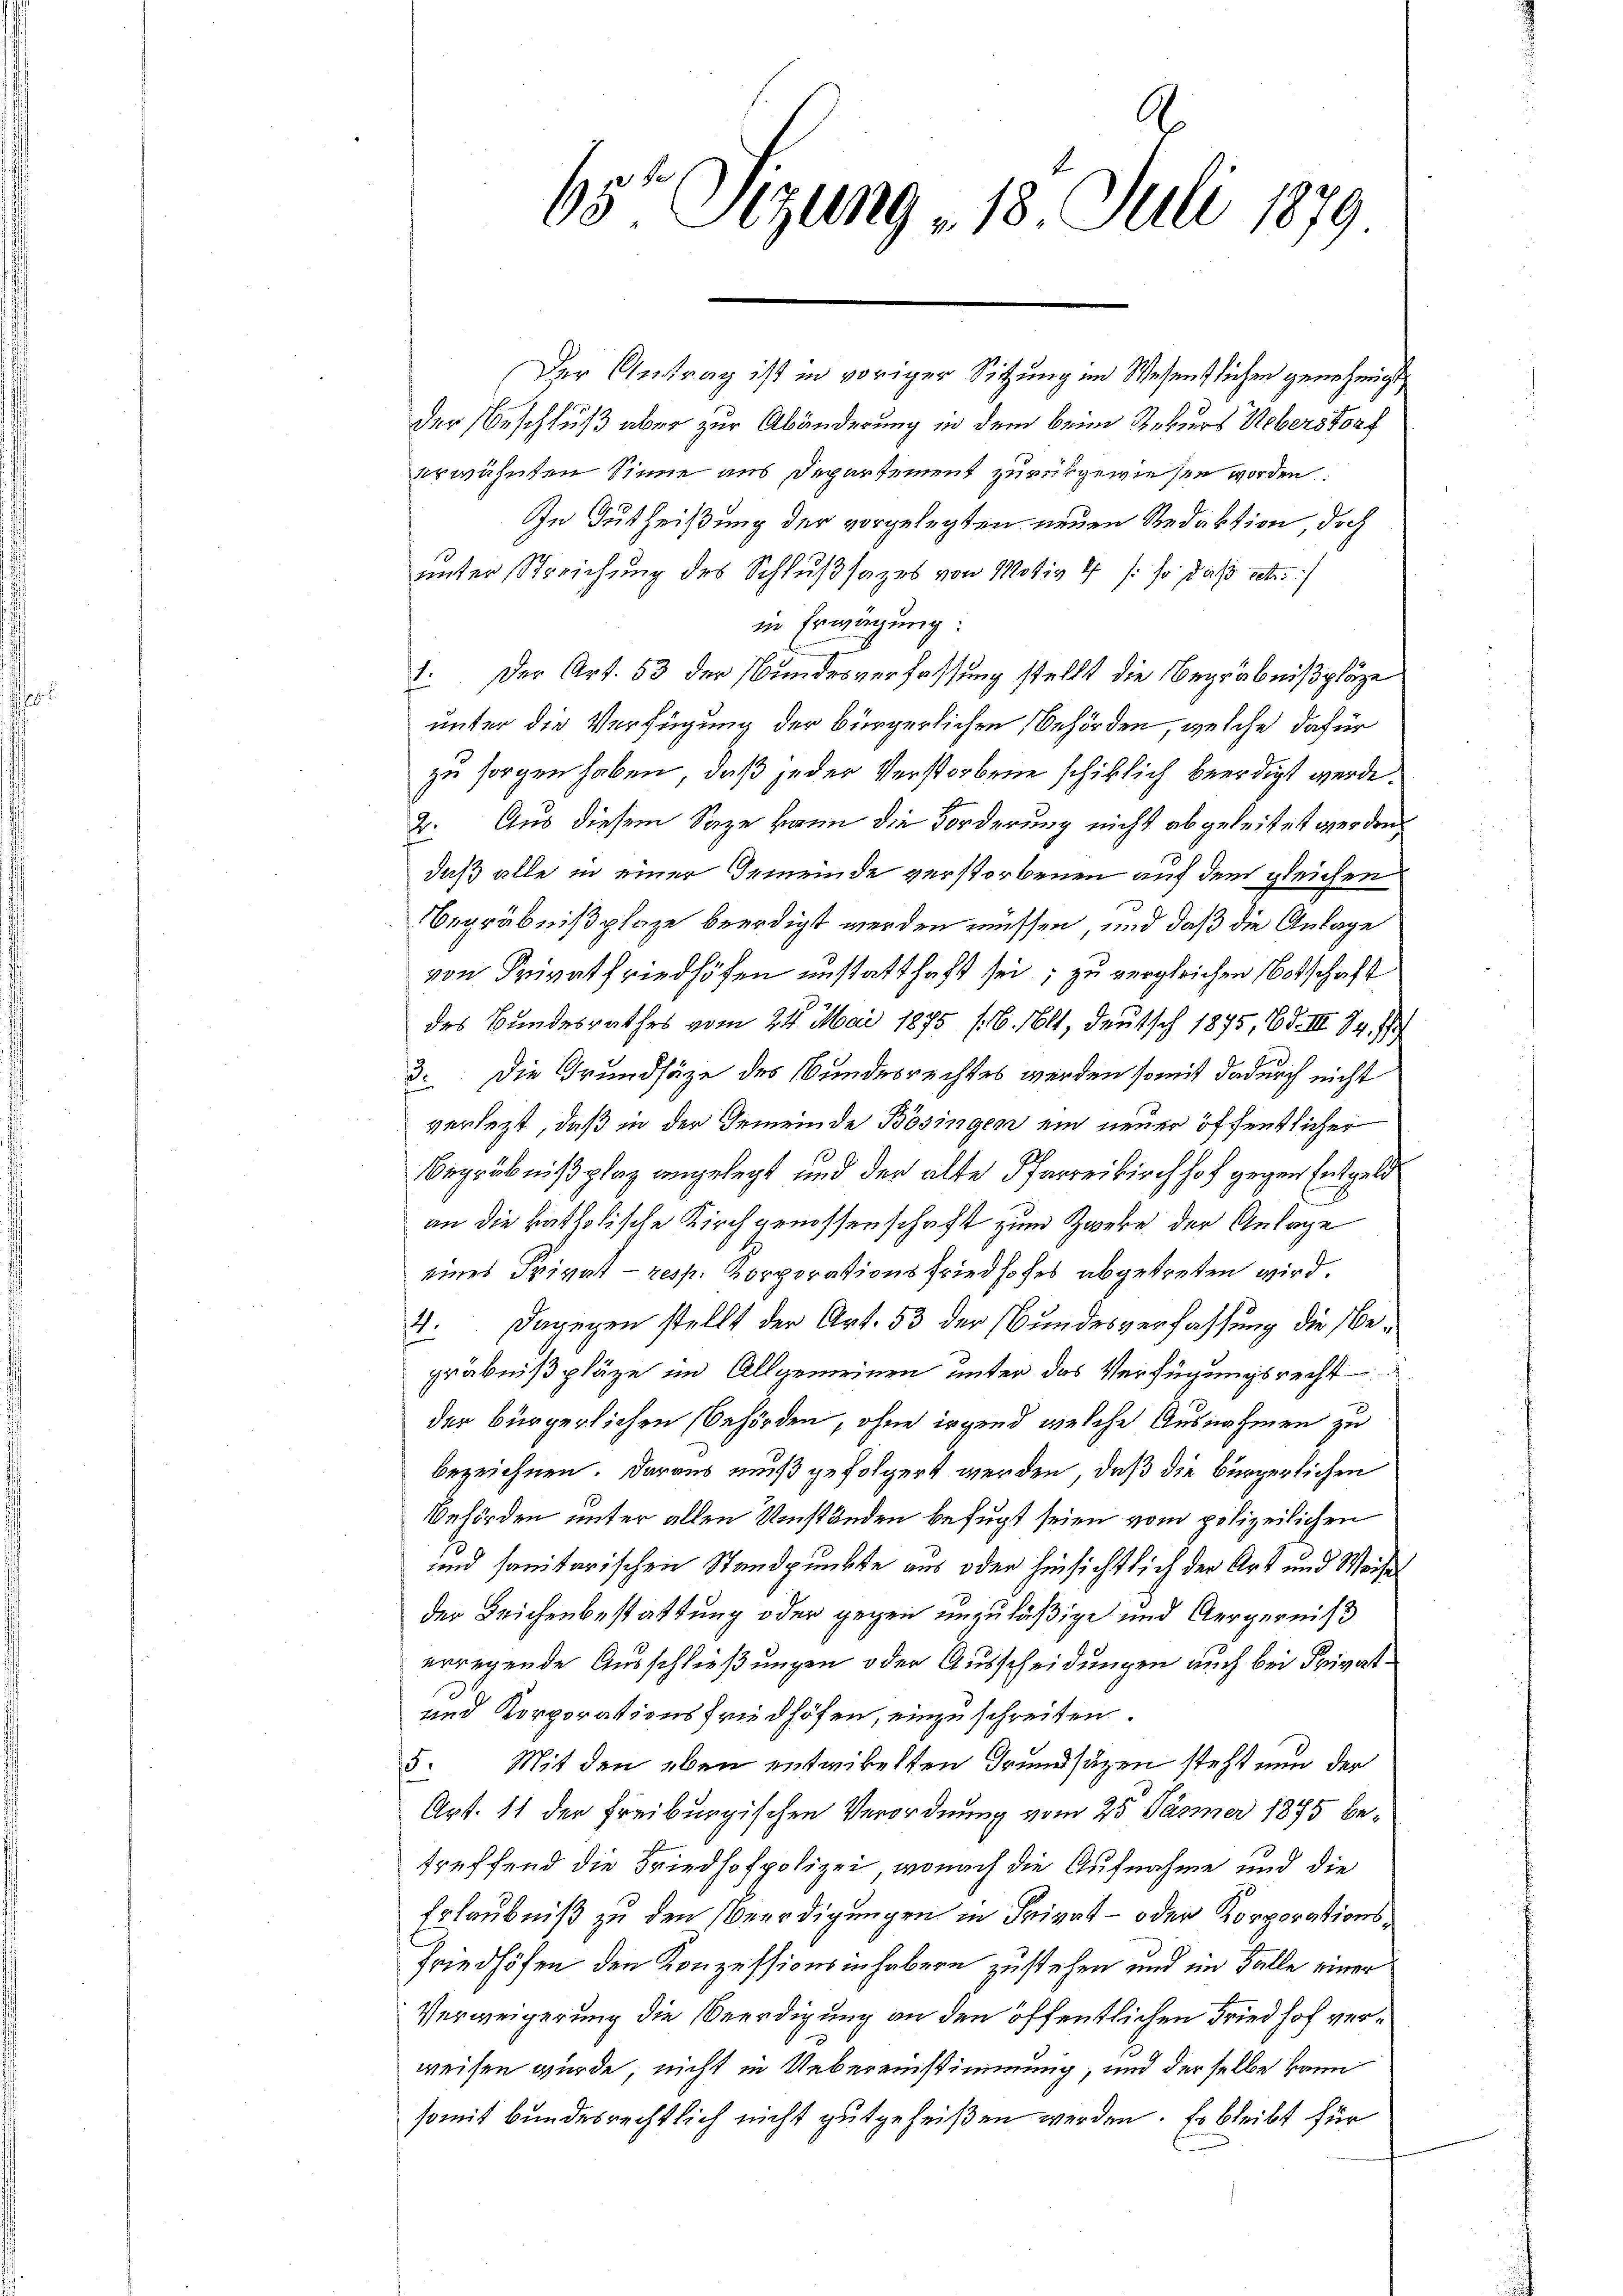
65te Sitzung - 18. Juli 1879

Der Antrag ist in voriger Sitzung im Wesentlichen genehmigt,
der Beschluß aber zur Abänderung in dem beim Rekurs Ueberstorf
erwähnten Sinne aus Departement zurückgewiesen worden:
In Gutheißung der vorgelegten neuen Redaktion, doch
unter Streichung des Schlußsazes von Motiv l /: so daß set
in Erwägung:
1. Der Art. 53 der Bundesverfassung stellt die Begräbnißpläze
unter die Verfügung der bürgerlichen Behörden, welche dafür
zu sorgen haben, daß jeder Verstorbene schiklich beerdigt werde.
2. Aus diesem Sage kann die Forderung nicht abgeleitet werden,
daß alle in einer Gemeinde verstorbenen auf den gleichen
Begräbnißplaze beerdigt werden müssen, und daß die Anlage
von Privatfriedhöfen unstatthaft sei, zu vergleichen Botschaft
des Bundesrathes vom 24. Mai 1875 (16. Mlt, deutsch 1875, Bd. III 14. 1
3. Die Grundsätze des Bundesrechtes werden somit dadurch nicht
verlegt, daß in der Gemeinde Bösingen ein neuer öffentlicher
Begräbnißplaz angelegt und der alte Pfarreikirchhof gegen Entgeld
an die katholische Kirchgenossenschaft zum Zweke der Anlage
eines Privat- resp. Korporationsfriedhofes abgetreten wird.
4. Dagegen stellt der Art. 53 der Bundesverfassung die Begräbnißpläze im Allgemeinen unter das Verfügungsrecht
der bürgerlichen Behörden, ohne irgend welche Ausnahmen zu
bezeichnen. Daraus muß gefolgert werden, daß die bürgerlichen
Behörden unter allen Umständen befugt seien vom polizeilichen
und sanitarischen Standpunkte aus oder hinsichtlich der Art und Weise
der Leichenbestattung oder gegen unzuläßige und Aergerniß
erregende Ausschließungen oder Ausscheidungen auch bei Private
und Korporationsfriedhöfen, einzuschreiten.
5. Mit den eben entwickelten Grundsätzen steht nun der
Art. 11 der Freiburgischen Verordnung vom 25 Jäsmer 1895 betreffend die Friedhofpolizei, wonach die Aufnahme und die
Erlaubniß zu den Beerdigungen in Privat- oder Korporations¬
Friedhöfen den Konzessionsinhabern zustehen und im Falle einer
Verweigerung die Beerdigung an den öffentlichen Friedhof verweisen wurde, nicht in Uebereinstimmung, und derselbe kann
somit bundesrechtlich nicht gutgeheißen werden. Es bleibt für